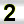
Digit: 2